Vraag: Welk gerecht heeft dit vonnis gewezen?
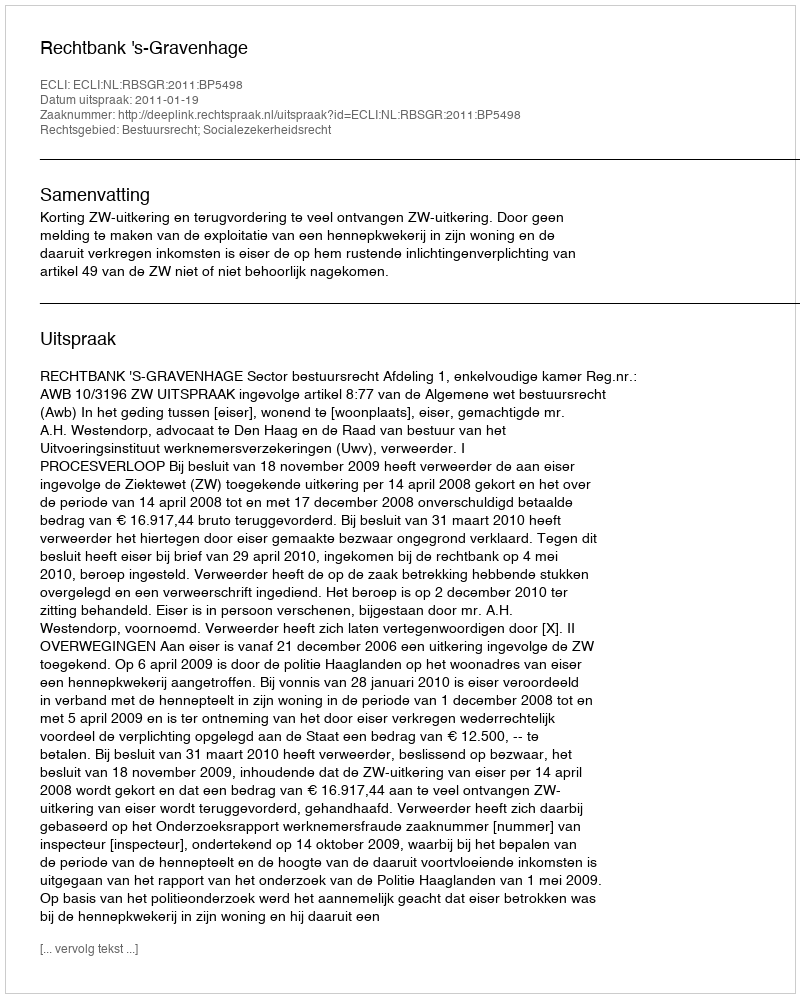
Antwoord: Rechtbank 's-Gravenhage